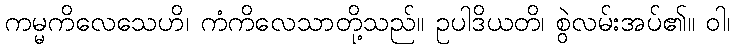
ကမ္မကိလေသေဟိ၊ ကံကိလေသာတို့သည်။ ဥပါဒိယတိ၊ စွဲလမ်းအပ်၏။ ဝါ၊